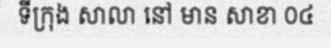
ទីក្រុង សាលា នៅ មាន សាខា 0៤